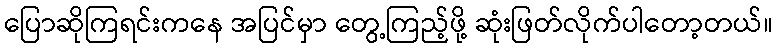
ပြောဆိုကြရင်းကနေ အပြင်မှာ တွေ့ကြည့်ဖို့ ဆုံးဖြတ်လိုက်ပါတော့တယ်။